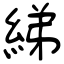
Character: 綈